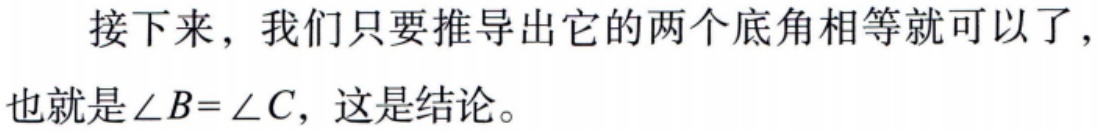
接下来，我们只要推导出它的两个底角相等就可以了，也就是$\angle B = \angle C$，这是结论。